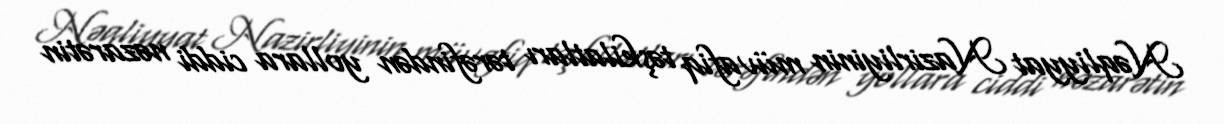
Nəqliyyat Nazirliyinin müvafiq təşkilatları tərəfindən yollara ciddi nəzarətin